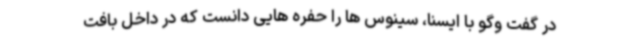
در گفت وگو با ایسنا، سینوس ها را حفره هایی دانست که در داخل بافت